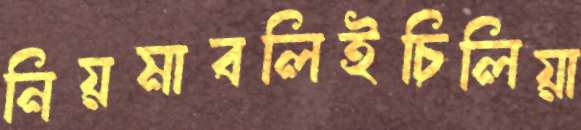
নিয়মাবলিইচিলিয়া